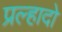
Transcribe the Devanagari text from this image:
प्रल्हादो